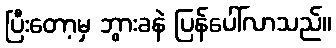
ပြီးတော့မှ ဘွားခနဲ ပြန်ပေါ်လာသည်။